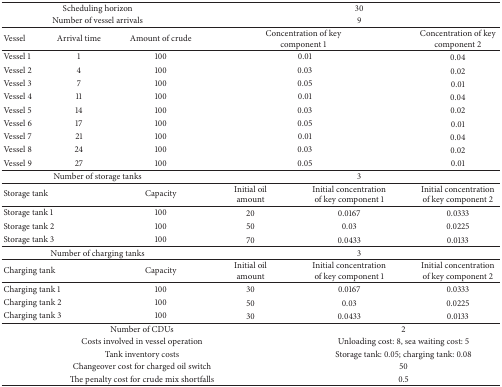
<table><thead><tr><td colspan="3"><b>Scheduling horizon</b></td><td colspan="3"><b>30</b></td></tr><tr><td colspan="3"><b>Number of vessel arrivals</b></td><td colspan="3"><b>9</b></td></tr></thead><tbody><tr><td><b>Vessel</b></td><td><b>Arrival time</b></td><td><b>Amount of crude</b></td><td colspan="2"><b>Concentration of key component 1</b></td><td><b>Concentration of key component 2</b></td></tr><tr><td>Vessel 1</td><td>1</td><td>100</td><td colspan="2">0.01</td><td>0.04</td></tr><tr><td>Vessel 2</td><td>4</td><td>100</td><td colspan="2">0.03</td><td>0.02</td></tr><tr><td>Vessel 3</td><td>7</td><td>100</td><td colspan="2">0.05</td><td>0.01</td></tr><tr><td>Vessel 4</td><td>11</td><td>100</td><td colspan="2">0.01</td><td>0.04</td></tr><tr><td>Vessel 5</td><td>14</td><td>100</td><td colspan="2">0.03</td><td>0.02</td></tr><tr><td>Vessel 6</td><td>17</td><td>100</td><td colspan="2">0.05</td><td>0.01</td></tr><tr><td>Vessel 7</td><td>21</td><td>100</td><td colspan="2">0.01</td><td>0.04</td></tr><tr><td>Vessel 8</td><td>24</td><td>100</td><td colspan="2">0.03</td><td>0.02</td></tr><tr><td>Vessel 9</td><td>27</td><td>100</td><td colspan="2">0.05</td><td>0.01</td></tr><tr><td colspan="3">Number of storage tanks</td><td colspan="3">3</td></tr><tr><td colspan="2">Storage tank</td><td>Capacity</td><td>Initial oil amount</td><td>Initial concentration of key component 1</td><td>Initial concentration of key component 2</td></tr><tr><td colspan="2">Storage tank 1</td><td>100</td><td>20</td><td>0.0167</td><td>0.0333</td></tr><tr><td colspan="2">Storage tank 2</td><td>100</td><td>50</td><td>0.03</td><td>0.0225</td></tr><tr><td colspan="2">Storage tank 3</td><td>100</td><td>70</td><td>0.0433</td><td>0.0133</td></tr><tr><td colspan="3">Number of charging tanks</td><td colspan="3">3</td></tr><tr><td colspan="2">Charging tank </td><td>Capacity</td><td>Initial oil amount</td><td>Initial concentration of key component 1</td><td>Initial concentration of key component 2</td></tr><tr><td colspan="2">Charging tank 1</td><td>100</td><td>30</td><td>0.0167</td><td>0.0333</td></tr><tr><td colspan="2">Charging tank 2</td><td>100</td><td>50</td><td>0.03</td><td>0.0225</td></tr><tr><td colspan="2">Charging tank 3</td><td>100</td><td>30</td><td>0.0433</td><td>0.0133</td></tr><tr><td colspan="4">Number of CDUs</td><td colspan="2">2</td></tr><tr><td colspan="4">Costs involved in vessel operation</td><td colspan="2">Unloading cost: 8, sea waiting cost: 5</td></tr><tr><td colspan="4">Tank inventory costs </td><td colspan="2">Storage tank: 0.05; charging tank: 0.08</td></tr><tr><td colspan="4">Changeover cost for charged oil switch</td><td colspan="2">50</td></tr><tr><td colspan="4">The penalty cost for crude mix shortfalls</td><td colspan="2">0.5</td></tr></tbody></table>